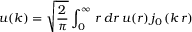
u ( k ) = \sqrt { \frac { 2 } { \pi } } \int _ { 0 } ^ { \infty } \, r \, d r \, u ( r ) \, j _ { 0 } \left( k \, r \right)